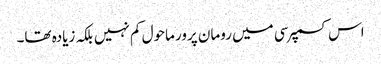
اس کسمپرسی میں رومان پرور ماحول کم نہیں بلکہ زیادہ تھا۔